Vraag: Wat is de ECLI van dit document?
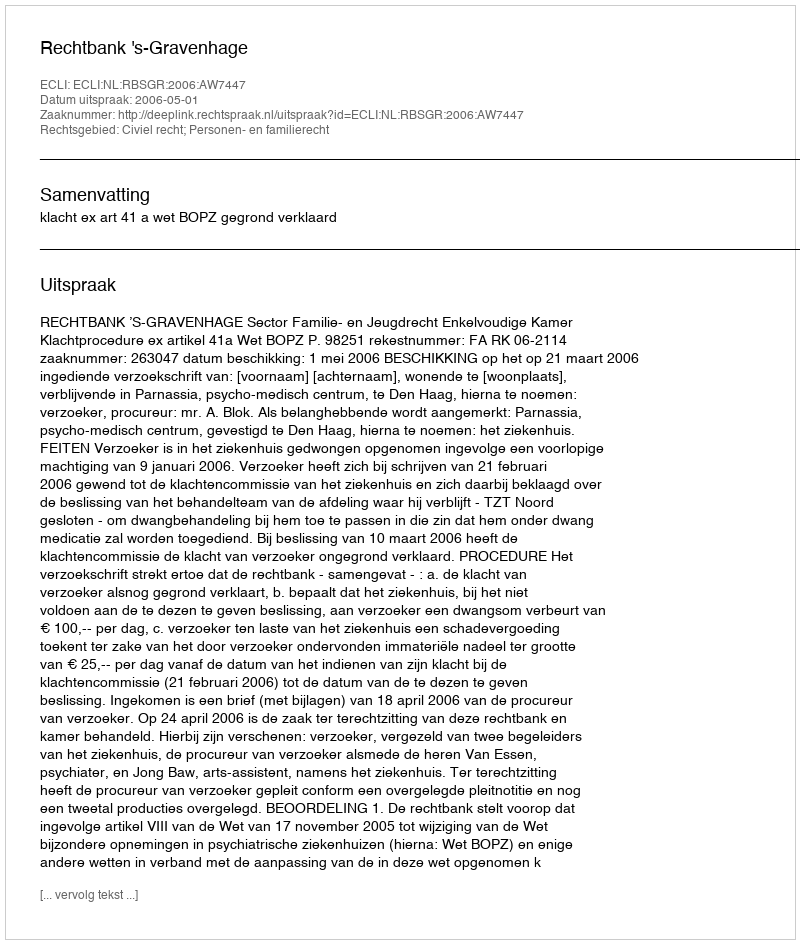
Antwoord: ECLI:NL:RBSGR:2006:AW7447